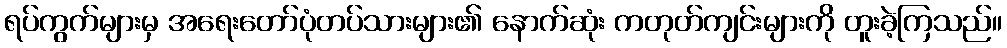
ရပ်ကွက်များမှ အရေးတော်ပုံတပ်သားများ၏ နောက်ဆုံး ကတုတ်ကျင်းများကို တူးခဲ့ကြသည်။